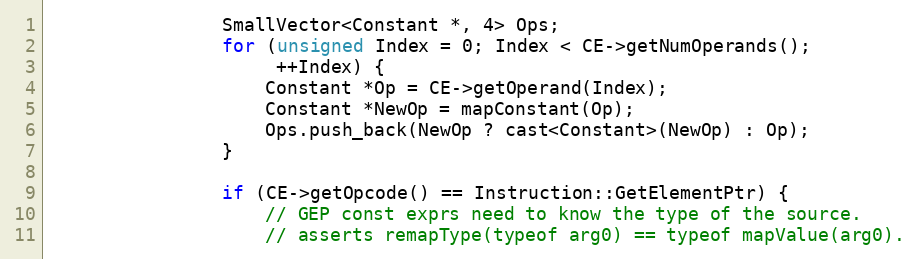
Language: C++
                SmallVector<Constant *, 4> Ops;
                for (unsigned Index = 0; Index < CE->getNumOperands();
                     ++Index) {
                    Constant *Op = CE->getOperand(Index);
                    Constant *NewOp = mapConstant(Op);
                    Ops.push_back(NewOp ? cast<Constant>(NewOp) : Op);
                }

                if (CE->getOpcode() == Instruction::GetElementPtr) {
                    // GEP const exprs need to know the type of the source.
                    // asserts remapType(typeof arg0) == typeof mapValue(arg0).